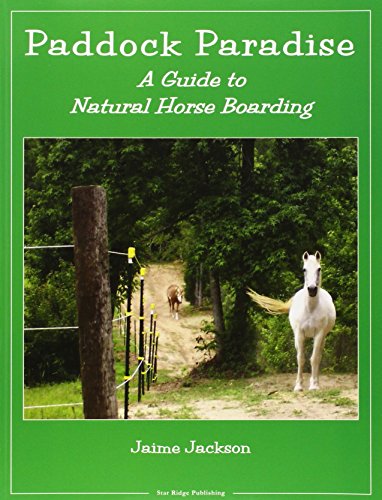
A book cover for Paddock Paradise: A Guide to Natural Horse Boarding; Jaime Jackson; Crafts, Hobbies & Home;